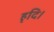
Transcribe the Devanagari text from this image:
हृदि।